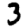
Digit: 3